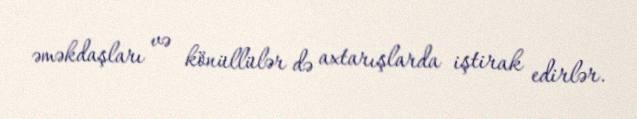
əməkdaşları və könüllülər də axtarışlarda iştirak edirlər.